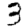
Digit: 3